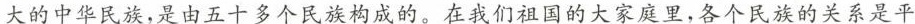
大的中华民族，是由五十多个民族构成的。在我们祖国的大家庭里，各个民族的关系是平